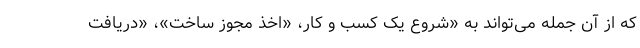
که از آن جمله می‌تواند به «شروع یک کسب و کار، «اخذ مجوز ساخت»، «دریافت